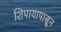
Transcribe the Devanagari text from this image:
शिपायापासून